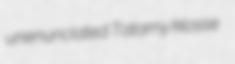
unenunciated Tatamy klosse